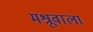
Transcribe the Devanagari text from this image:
मश्रूवाला